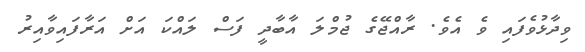
ވިދާޅުވެފައި ވެ އެވެ. ރާއްޖޭގެ ޖުމްލަ އާބާދީ ފަސް ލައްކަ އަށް އަރާފައިވާއިރު